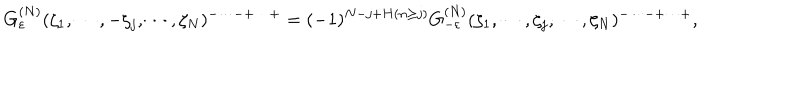
G _ { \varepsilon } ^ { ( N ) } ( \zeta _ { 1 } , \cdots , - \zeta _ { j } , \cdots , \zeta _ { N } ) ^ { - \cdots - + \cdots + } = ( - 1 ) ^ { N - j + H ( n \ge j ) } G _ { - \varepsilon } ^ { ( N ) } ( \zeta _ { 1 } , \cdots , \zeta _ { j } , \cdots , \zeta _ { N } ) ^ { - \cdots - + \cdots + } ,